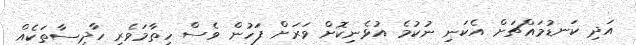
އަދި ކަނޑުމައްޗަށް އެކަނި ނުކުމެ އުޅެނިކޮށް ވަރަށް ފަހުން ވެސް ހިތާމަވެރި ހާދިސާތަކެއް